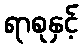
ရာစုနှင့်